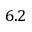
6 . 2